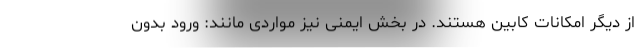
از دیگر امکانات کابین هستند. در بخش ایمنی نیز مواردی مانند: ورود بدون